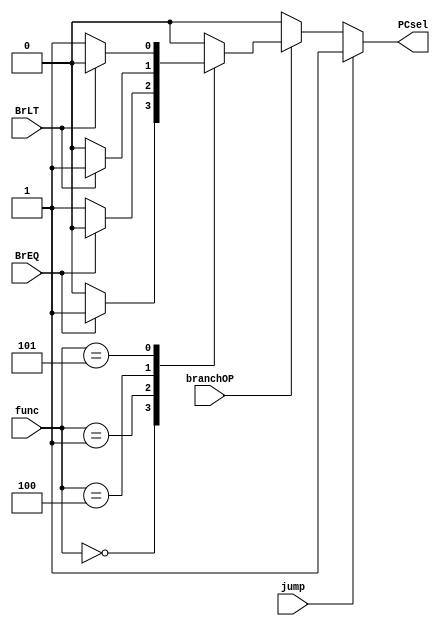
module branch_decoder (
    input branchOP, jump,
    input [2:0] func,
    input BrEQ, BrLT,
    output reg PCsel
);
    
always @(*) begin
    if (jump)
        PCsel = 1;
    else if (branchOP)
        case (func)
            3'b000 : PCsel = (BrEQ)? 1 : 0;
            3'b001 : PCsel = (BrEQ)? 0 : 1;
            3'b100 : PCsel = (BrLT)? 1 : 0;
            3'b101 : PCsel = (BrLT)? 0 : 1;   
            default: PCsel = 0;
        endcase
    else
       PCsel = 0;

end

endmodule